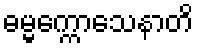
ဓမ္မက္ကောသေနာတိ